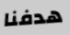
هدفنا